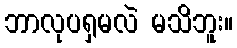
ဘာလုပရှမလဲ မသိဘူး။